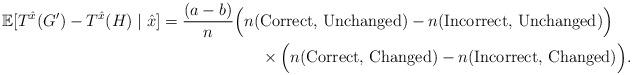
LaTeX: \begin{align*} \mathbb{E}[T^{\hat{x}}(G') - T^{\hat{x}}(H) \mid \hat{x}] = \frac{(a-b)}{n} {\Big(} n(&\textrm{Correct, Unchanged}) - n(\textrm{Incorrect, Unchanged}) \Big{)} \\ & \times \Big{(}n(\textrm{Correct, Changed}) - n(\textrm{Incorrect, Changed}) {\Big)}. \end{align*}